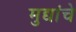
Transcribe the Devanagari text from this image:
मुद्यांचे